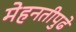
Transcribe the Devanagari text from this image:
मेहनतीपुढे